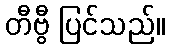
တီဗွီ ပြင်သည်။